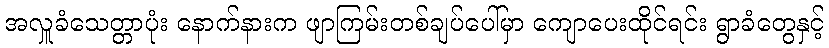
အလှူခံသေတ္တာပုံး နောက်နားက ဖျာကြမ်းတစ်ချပ်ပေါ်မှာ ကျောပေးထိုင်ရင်း ရွာခံတွေနှင့်